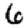
Digit: 6